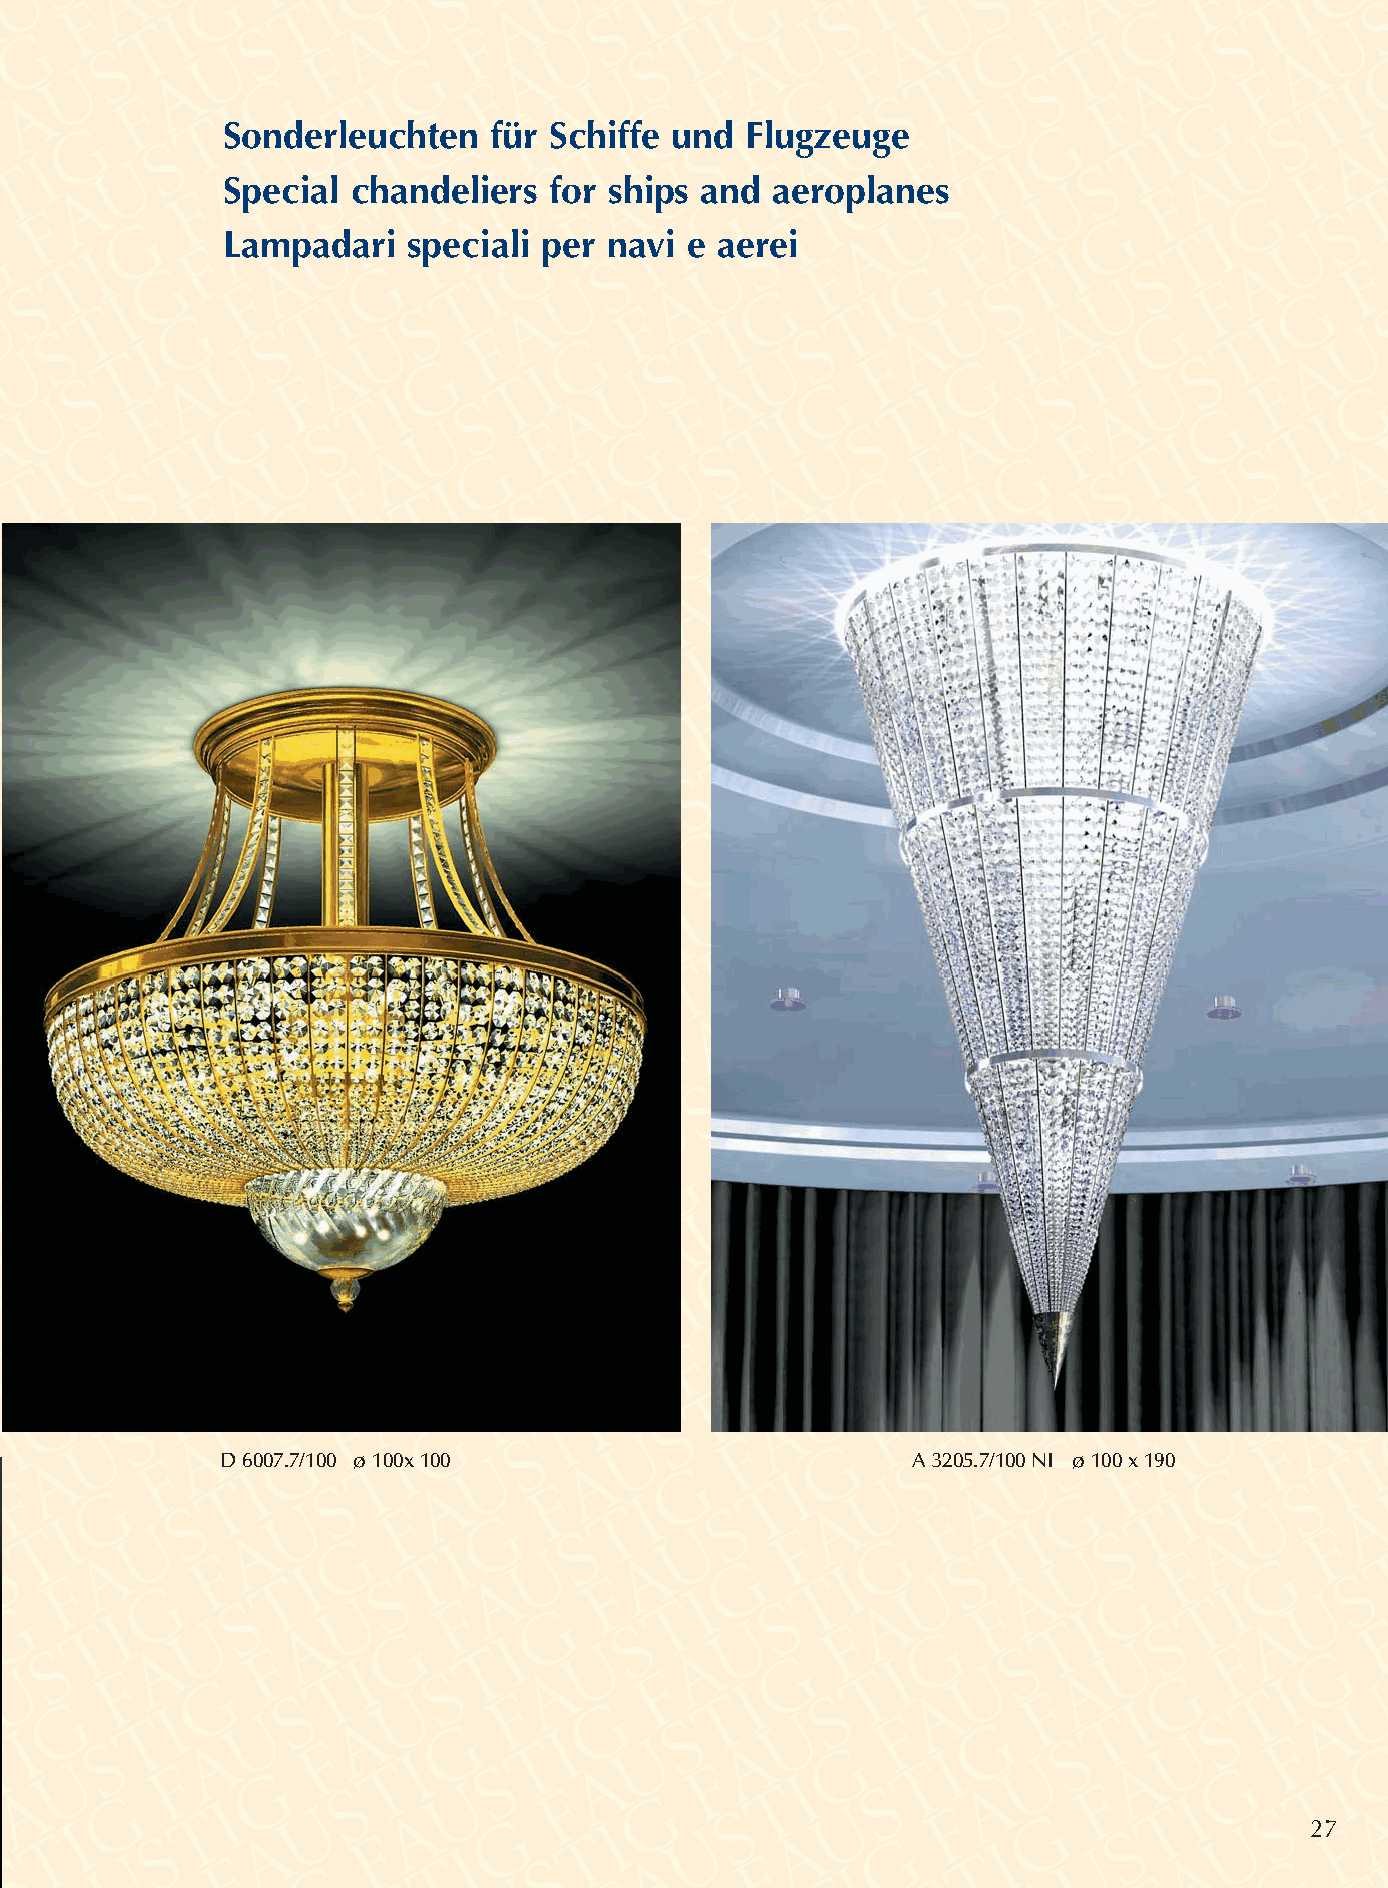
Sonderleuchten   für Schiffe und  Flugzeuge
 Special chandeliers  for ships and  aeroplanes
 Lampadari   speciali per navi e aerei
 D 6007.7/100 ø 100x 100                      A 3205.7/100 NI ø 100 x 190
 27